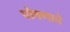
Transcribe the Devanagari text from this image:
पोषणाचे